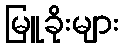
မြူခိုးများ